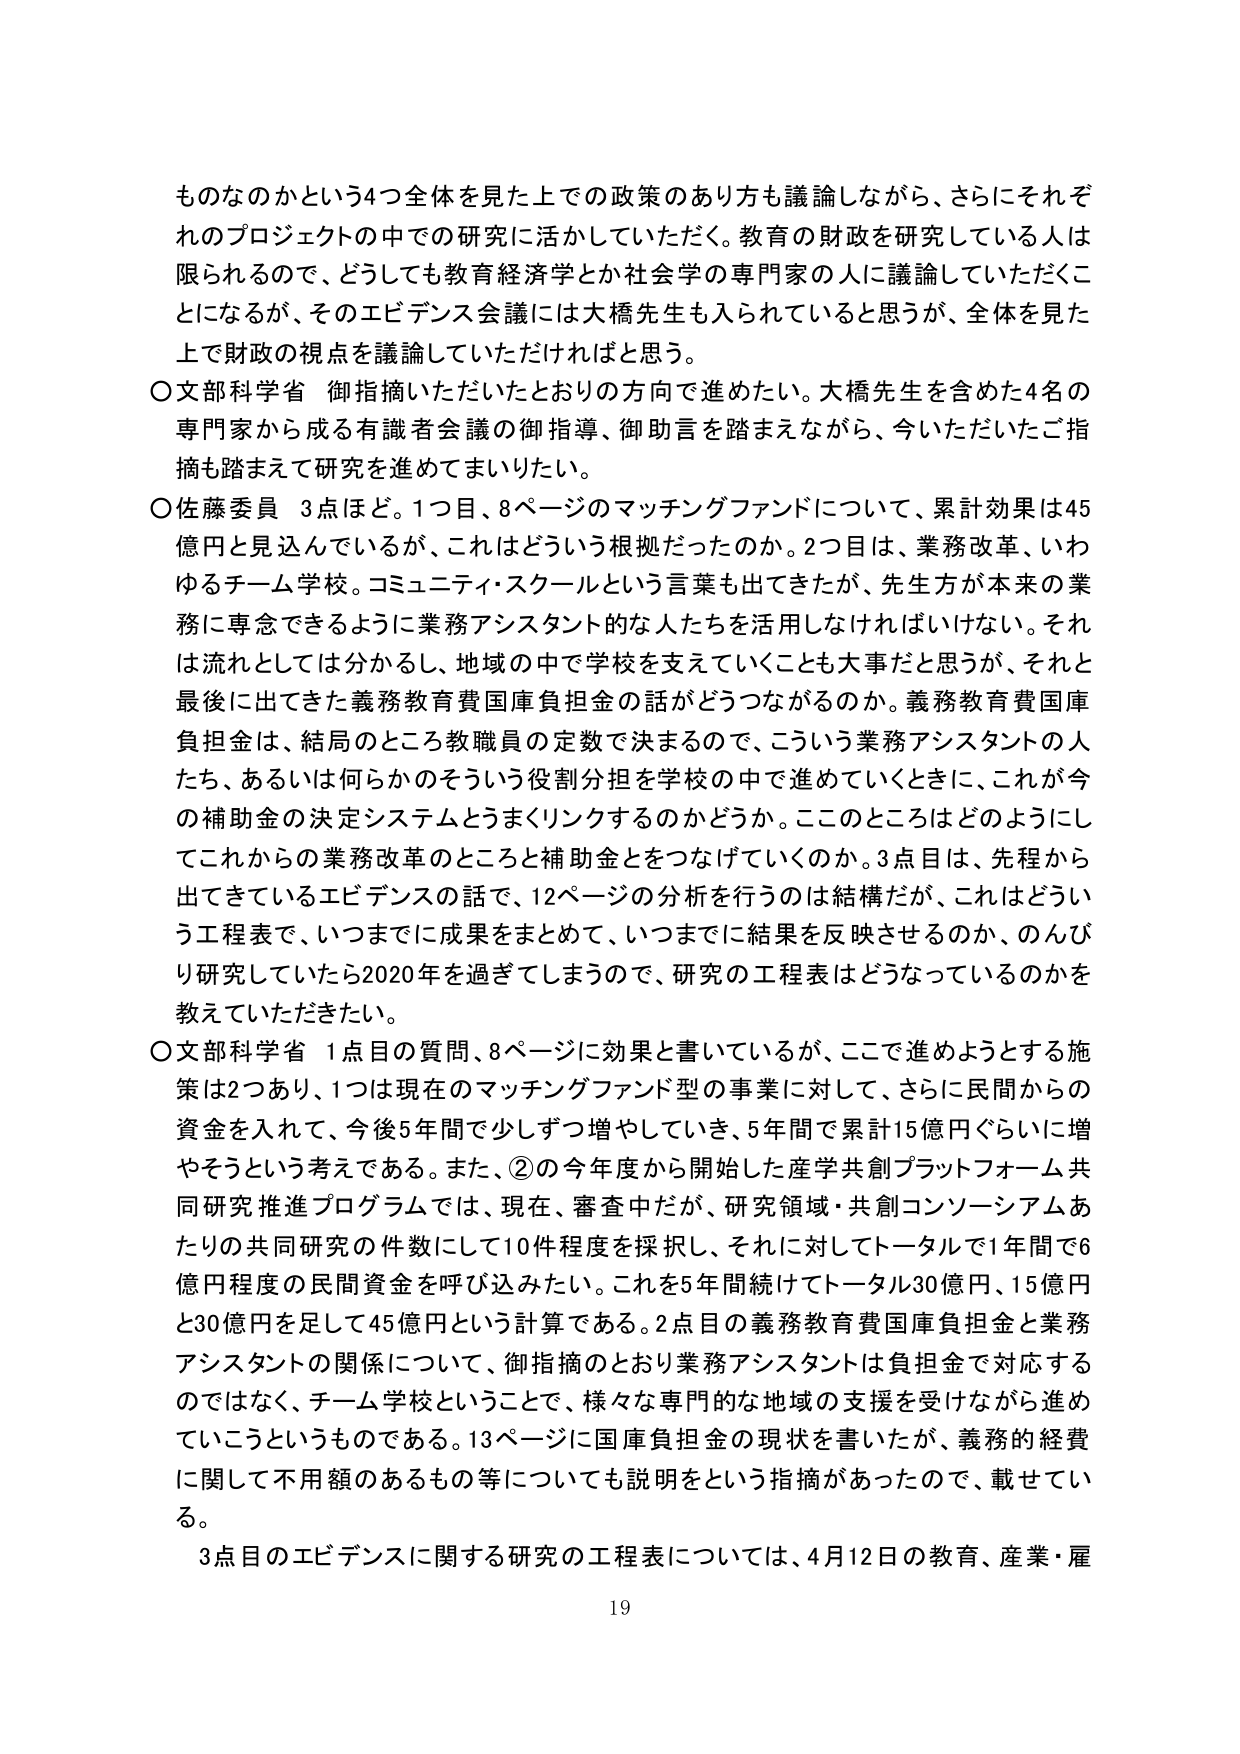
ものなのかという4つ全体を見た上での政策のあり方も議論しながら、さらにそれぞれのプロジェクトの中での研究に活かしていただく。教育の財政を研究している人は限られるので、どうしても教育経済学とか社会学の専門家の人に寛論していただくことになるが、そのエビデンス会議には大橋先生も入られていると思うが、全体を見た上で財政の視点を議論していただければと思う。

○文部科学省 御指摘いただいたとおりの方向で進めたい。大橋先生を含めた4名の専門家から成る有識者会議の御指導、御助言を踏まえながら、今いただいたご指摘も踏まえて研究を進めてまいりたい。

○佐藤委員 3点ほど。1つ目、8ページのマッチングファンドについて、累計効果は45億円と見込んでいるが、これはどういう根拠だったのか。2つ目は、業務改革、いわゆるチーム学校。コミュニティ・スクールという言葉も出てきたが、先生方が本来の業務に専念できるように業務アシスタント的な人たちを活用しなければいけない。それは流れとしては分かるし、地域の中で学校を支えていくことも大事だと思うが、それと最後に出てきた義務教育費国庫負担金の話がどうつながるのか。義務教育費国庫負担金は、結局のところ教職員の定数で決まるので、こういう業務アシスタントの人たち、あるいは何らかのそういう役割分担を学校の中で進めていくときに、これが今の補助金の決定システムとうまくリンクするのかどうか。このところはどのようにしてこれからの業務改革のところと補助金とつなげていくのか。3点目は、先程から出てきているエビデンスの話で、12ページの分析を行うのは結構だが、これはどういう工程表で、いつまでに成果をまとめて、いつまでに結果を反映させるのか、のんびり研究していたら2020年を過ぎてしまうので、研究の工程表はどうなっているのかを教えていただきたい。

○文部科学省 1点目の質問、8ページに効果と書いているが、ここで進めようとする施策は2つあり、1つは現在のマッチングファンド型の事業に対して、さらに民間からの資金を入れて、今後5年間で少しずつ増やしていき、5年間で累計15億円ぐらいに増やそうという考えである。また、②の今年度から開始した産学共創プラットフォーム共同研究推進プログラムでは、現在、審査中だが、研究領域・共創コンソーシアムあたりの共同研究の件数にして10件程度を採択し、それに対してトータルで1年間で6億円程度の民間資金を呼び込みたい。これを5年間続けてトータル30億円、15億円と30億円を足して45億円という計算である。2点目の義務教育費国庫負担金と業務アシスタントの関係について、御指摘のとおり業務アシスタントは負担金で対応するのではなく、チーム学校ということで、様々な専門的な地域の支援を受けながら進めていこうというものである。13ページに国庫負担金の現状を書いたが、義務的経費に関して不用額のあるもの等についても説明をという指摘があったので、載せている。

3点目のエビデンスに関する研究の工程表については、4月12日の教育、産業・雇

19